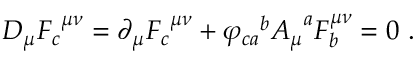
D _ { \mu } { F _ { c } } ^ { \mu \nu } = \partial _ { \mu } { F _ { c } } ^ { \mu \nu } + { \varphi _ { c a } } ^ { b } { A _ { \mu } } ^ { a } F _ { b } ^ { \mu \nu } = 0 ~ .